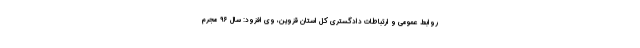
روابط عمومی و ارتباطات دادگستری کل استان قزوین، وی افزود: سال ۹۶ مجرم